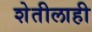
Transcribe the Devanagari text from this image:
शेतीलाही